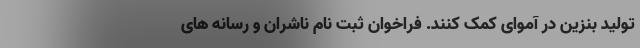
تولید بنزین در آموای کمک کنند. فراخوان ثبت نام ناشران و رسانه های